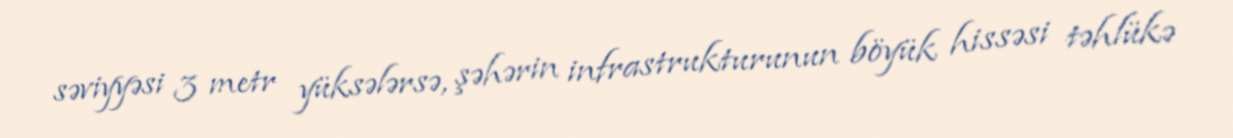
səviyyəsi 3 metr yüksələrsə, şəhərin infrastrukturunun böyük hissəsi təhlükə